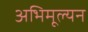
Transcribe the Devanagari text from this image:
अभिमूल्यन